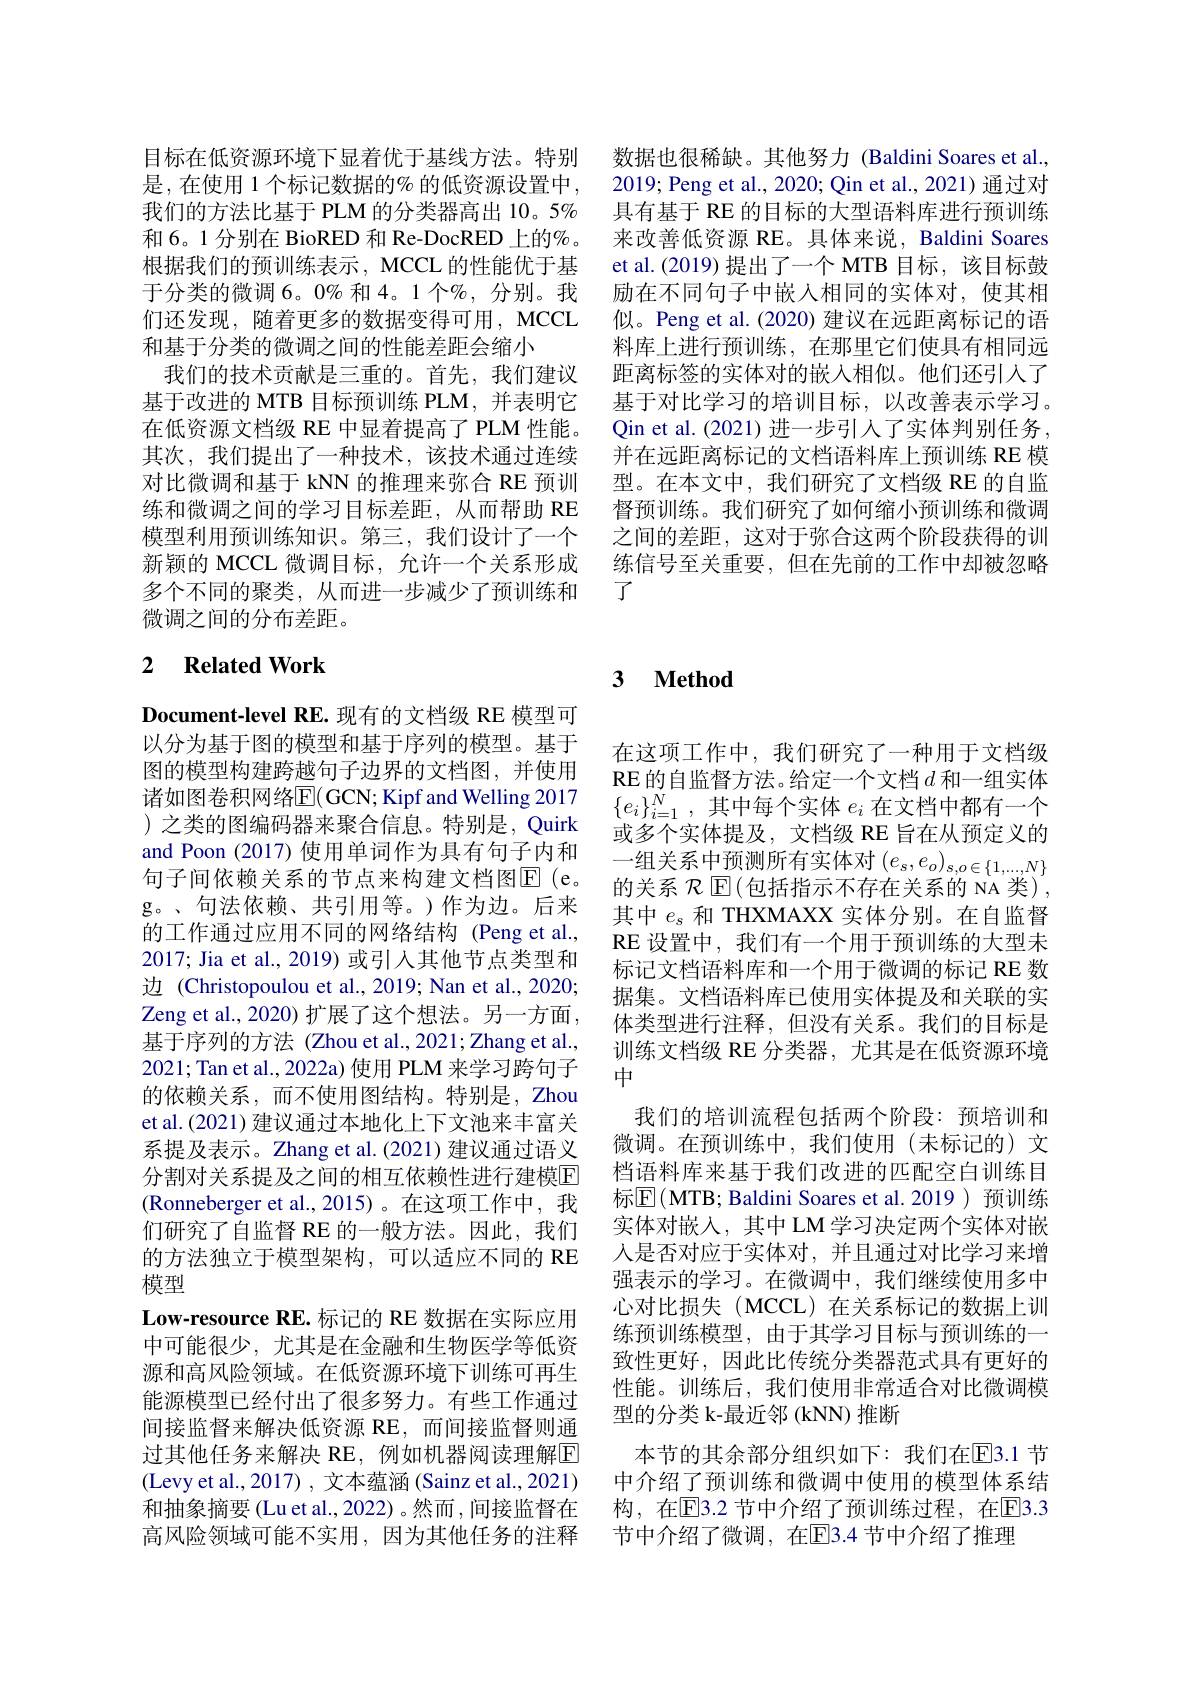
目标在低资源环境下显着优于基线方法。特别 数据也很稀缺。其他努力 (Baldini Soares et al., 是，在使用 1 个标记数据的% 的低资源设置中，2019; Peng et al., 2020; Qin et al., 2021) 通过对我们的方法比基于 PLM 的分类器高出 10。5% 具有基于 RE 的目标的大型语料库进行预训练
来改善低资源 RE。具体来说，Baldini Soares et al.(2019) 提出了一个 MTB 目标，该目标鼓励在不同句子中嵌入相同的实体对，使其相似。Peng et al.(2020) 建议在远距离标记的语料库上进行预训练，在那里它们使具有相同远距离标签的实体对的嵌入相似。他们还引人了基于对比学习的培训目标，以改善表示学习。Qin et al.(2021) 进一步引人了实体判别任务， 并在远距离标记的文档语料库上预训练 RE 模型。在本文中，我们研究了文档级 RE 的自监督预训练。我们研究了如何缩小预训练和微调之间的差距，这对于弥合这两个阶段获得的训练信号至关重要，但在先前的工作中却被忽略了

和 6。1 分别在 BioRED 和 Re-DocRED 上的%。根据我们的预训练表示，MCCL 的性能优于基于分类的微调 6。0% 和 4。1 个%, 分别。我们还发现，随着更多的数据变得可用，MCCL 和基于分类的微调之间的性能差距会缩小
我们的技术贡献是三重的。首先，我们建议基于改进的 MTB 目标预训练 PLM,并表明它在低资源文档级 RE 中显着提高了PLM 性能。其次，我们提出了一种技术，该技术通过连续对比微调和基于 kNN 的推理来弥合 RE 预训练和微调之间的学习目标差距，从而帮助 RE 模型利用预训练知识。第三，我们设计了一个新颖的 MCCL 微调目标，允许一个关系形成多个不同的聚类，从而进一步减少了预训练和微调之间的分布差距。

## 2 $\textbf{Related Work}$

Document-level RE.现有的文档级 RE 模型可以分为基于图的模型和基于序列的模型。基于图的模型构建跨越句子边界的文档图，并使用诸如图卷积网络$\overline{\mathrm{E}}($GCN; Kipf and Welling 2017 )之类的图编码器来聚合信息。特别是，Quirk and Poon (2017) 使用单词作为具有句子内和句子间依赖关系的节点来构建文档图E(e。g。、句法依赖、共引用等。)作为边。后来的工作通过应用不同的网络结构 (Peng et al., 2017; Jia et al., 2019) 或引入其他节点类型和边 (Christopoulou et al., 2019; Nan et al., 2020; Zeng et al., 2020) 扩展了这个想法。另一方面， 基于序列的方法 (Zhou et al.,2021;Zhang et al., 2021;Tan et al., 2022a) 使用 PLM 来学习跨句子的依赖关系，而不使用图结构。特别是，Zhou et al.(2021) 建议通过本地化上下文池来丰富关系提及表示。Zhang et al.(2021) 建议通过语义分割对关系提及之间的相互依赖性进行建模E (Ronneberger et al.,2015)。在这项工作中，我们研究了自监督 RE 的一般方法。因此，我们的方法独立于模型架构，可以适应不同的 RE 模型
Low-resource RE. 标记的 RE 数据在实际应用中可能很少，尤其是在金融和生物医学等低资源和高风险领域。在低资源环境下训练可再生能源模型已经付出了很多努力。有些工作通过间接监督来解决低资源 RE,而间接监督则通过其他任务来解决 RE, 例如机器阅读理解$\boxed{\mathrm{F}}$ (Levy et al., 2017) , 文本蕴涵 (Sainz et al., 2021) 和抽象摘要 (Lu et al., 2022) 。然而 ,间接监督在高风险领域可能不实用，因为其他任务的注释

## 3 $\textbf{Method}$

在这项工作中，我们研究了一种用于文档级RE 的自监督方法。给定一个文档$d$和一组实体$\{e_i\}_{i=1}^N$,其中每个实体$e_i$在文档中都有一个或多个实体提及，文档级 RE 旨在从预定义的一组关系中预测所有实体对$\left(e_{s},e_{o}\right)_{s,o\in\{1,\ldots,N\}}$ 的关系 $\mathcal{R}\operatorname{E}($包括指示不存在关系的 NA 类), 其中$e_s$和 THXMAXX 实体分别。在自监督$\operatorname{RE}$设置中，我们有一个用于预训练的大型未标记文档语料库和一个用于微调的标记 RE 数据集。文档语料库已使用实体提及和关联的实体类型进行注释，但没有关系。我们的目标是训练文档级 RE 分类器，尤其是在低资源环境中
我们的培训流程包括两个阶段：预培训和微调。在预训练中，我们使用(未标记的)文档语料库来基于我们改进的匹配空白训练目标$\overline{\mathrm{E}}($MTB; Baldini Soares et al.2019 )预训练实体对嵌入，其中 LM学习决定两个实体对嵌人是否对应于实体对，并且通过对比学习来增强表示的学习。在微调中，我们继续使用多中心对比损失(MCCL)在关系标记的数据上训练预训练模型，由于其学习目标与预训练的一致性更好，因此比传统分类器范式具有更好的性能。训练后，我们使用非常适合对比微调模型的分类 k-最近邻 (kNN) 推断
本节的其余部分组织如下：我们在$\overline{\mathrm{E}}$3.1 节中介绍了预训练和微调中使用的模型体系结构，在$\overline{\mathrm{E}}$3.2 节中介绍了预训练过程，在$\overline{\mathrm{E}}$3.3节中介绍了微调，在$\overline{\mathrm{E}}$3.4 节中介绍了推理